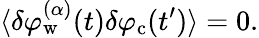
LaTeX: \langle\delta\varphi_{\mathrm{w}}^{(\alpha)}(t)\delta\varphi_{\mathrm{c}}(t^{\prime})\rangle=0.